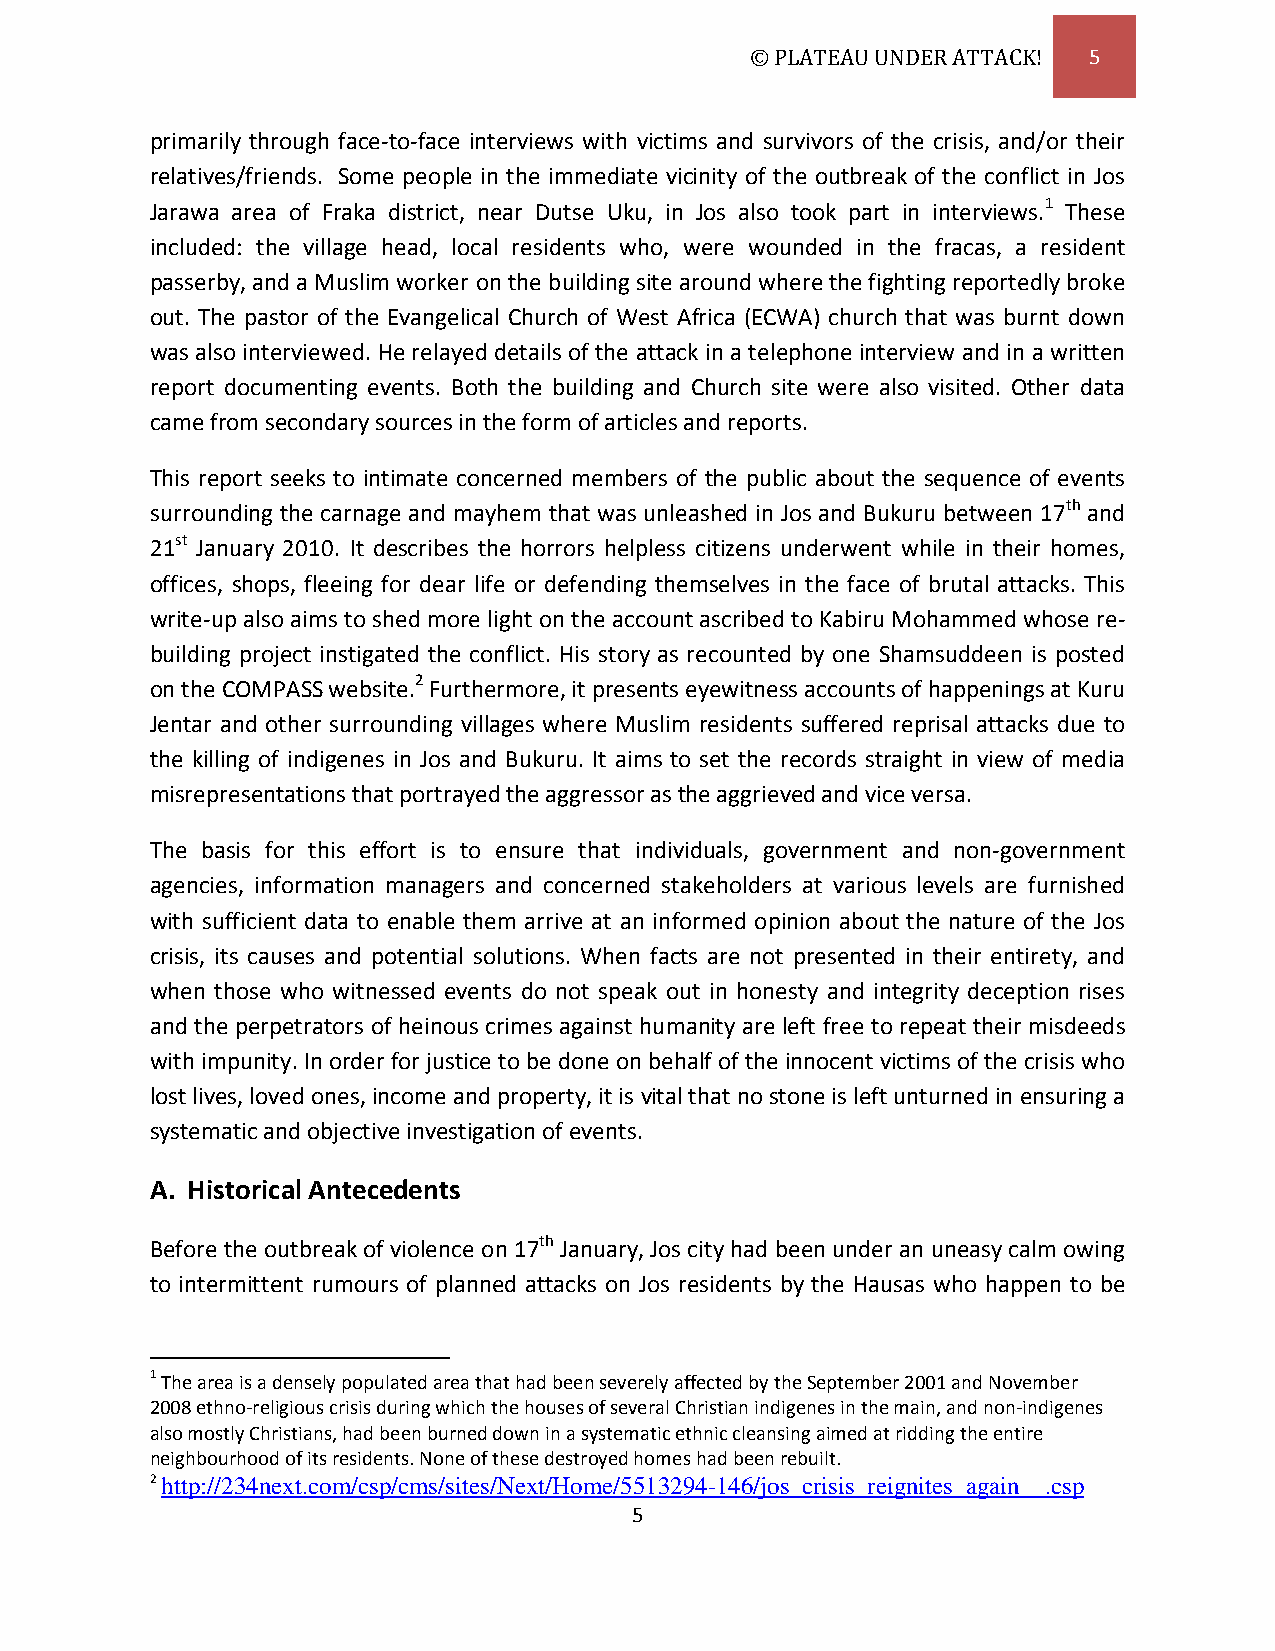
© PLATEAU UNDER ATTACK! 5
 primarily through face-to-face interviews with victims and survivors of the crisis, and/or their
 relatives/friends. Some people in the immediate vicinity of the outbreak of the conflict in Jos
 Jarawa area of Fraka district, near Dutse Uku, in Jos also took part in interviews.1 These
 included: the village head, local residents who, were wounded in the fracas, a resident
 passerby, and a Muslim worker on the building site around where the fighting reportedly broke
 out. The pastor of the Evangelical Church of West Africa (ECWA) church that was burnt down
 was also interviewed. He relayed details of the attack in a telephone interview and in a written
 report documenting events. Both the building and Church site were also visited. Other data
 came from secondary sources in the form of articles and reports.
 This report seeks to intimate concerned members of the public about the sequence of events
 surrounding the carnage and mayhem that was unleashed in Jos and Bukuru between 17th and
 21st January 2010. It describes the horrors helpless citizens underwent while in their homes,
 offices, shops, fleeing for dear life or defending themselves in the face of brutal attacks. This
 write-up also aims to shed more light on the account ascribed to Kabiru Mohammed whose re-
 building project instigated the conflict. His story as recounted by one Shamsuddeen is posted
 on the COMPASS website.2 Furthermore, it presents eyewitness accounts of happenings at Kuru
 Jentar and other surrounding villages where Muslim residents suffered reprisal attacks due to
 the killing of indigenes in Jos and Bukuru. It aims to set the records straight in view of media
 misrepresentations that portrayed the aggressor as the aggrieved and vice versa.
 The basis for this effort is to ensure that individuals, government and non-government
 agencies, information managers and concerned stakeholders at various levels are furnished
 with sufficient data to enable them arrive at an informed opinion about the nature of the Jos
 crisis, its causes and potential solutions. When facts are not presented in their entirety, and
 when those who witnessed events do not speak out in honesty and integrity deception rises
 and the perpetrators of heinous crimes against humanity are left free to repeat their misdeeds
 with impunity. In order for justice to be done on behalf of the innocent victims of the crisis who
 lost lives, loved ones, income and property, it is vital that no stone is left unturned in ensuring a
 systematic and objective investigation of events.
 A. Historical Antecedents
 Before the outbreak of violence on 17th January, Jos city had been under an uneasy calm owing
 to intermittent rumours of planned attacks on Jos residents by the Hausas who happen to be
 1 The area is a densely populated area that had been severely affected by the September 2001 and November
 2008 ethno-religious crisis during which the houses of several Christian indigenes in the main, and non-indigenes
 also mostly Christians, had been burned down in a systematic ethnic cleansing aimed at ridding the entire
 neighbourhood of its residents. None of these destroyed homes had been rebuilt.
 2 http://234next.com/csp/cms/sites/Next/Home/5513294-146/jos_crisis_reignites_again__.csp
 5